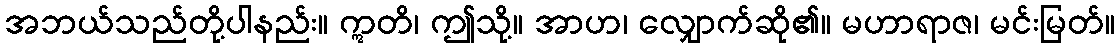
အဘယ်သည်တို့ပါနည်း။ ဣတိ၊ ဤသို့။ အာဟ၊ လျှောက်ဆို၏။ မဟာရာဇ၊ မင်းမြတ်။